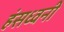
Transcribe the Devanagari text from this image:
हंसध्वनी